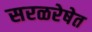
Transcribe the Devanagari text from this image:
सरळरेषेत